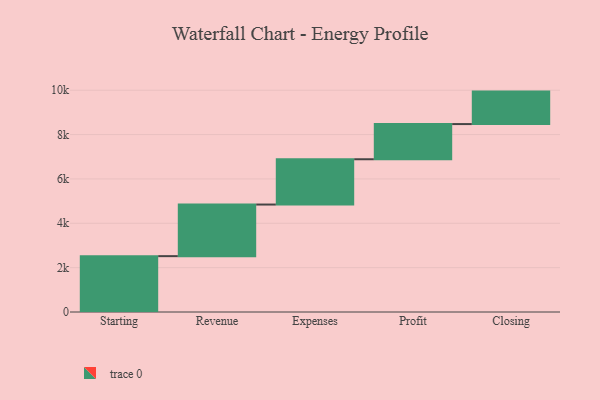
{"axis": {"x": "Step", "y": "Value"}, "legend": [""], "data": [{"x": "Starting", "y": 2518.0, "type": ""}, {"x": "Revenue", "y": 2327.0, "type": ""}, {"x": "Expenses", "y": 2042.0, "type": ""}, {"x": "Profit", "y": 1586.0, "type": ""}, {"x": "Closing", "y": 1464.0, "type": ""}]}